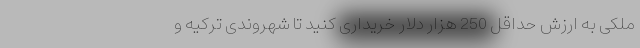
ملکی به ارزش حداقل 250 هزار دلار خریداری کنید تا شهروندی ترکیه و